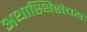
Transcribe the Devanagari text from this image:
अथास्थिसंचयः